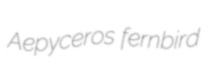
Aepyceros fernbird